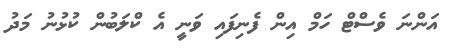
އަންނަ ވެސްޓް ހަމް އިން ފެނިފައި ވަނީ އެ ކްލަބުން ކުޅުނު މަދު